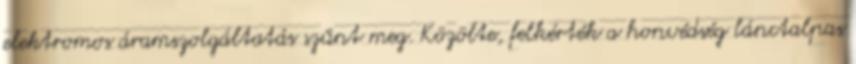
elektromos áramszolgáltatás szűnt meg. Közölte, felkérték a honvédség lánctalpas